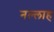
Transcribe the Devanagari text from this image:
नल्‍लाह